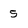
Character: 5